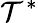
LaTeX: \mathcal{T}^{*}